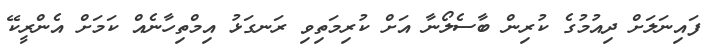
ފައިނަލަށް ދިއުމުގެ ކުރިން ބާސެލޯނާ އަށް ކުރިމަތިވި ރަނގަޅު އިމްތިހާނެއް ކަމަށް އެންރީކޭ